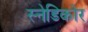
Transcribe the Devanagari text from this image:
स्नेडिकोर